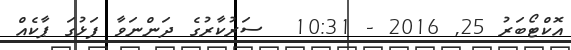
އޮކްޓޯބަރު 25